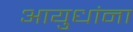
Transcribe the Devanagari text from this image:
आयुधांना